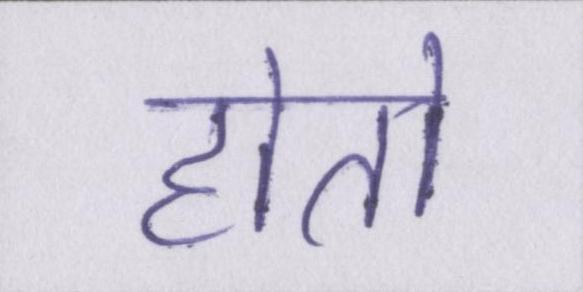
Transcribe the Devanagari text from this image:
होतो